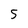
Character: 5